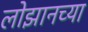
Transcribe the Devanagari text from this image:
लोझानच्या